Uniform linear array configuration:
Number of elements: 64
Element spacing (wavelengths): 0.5
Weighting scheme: uniform
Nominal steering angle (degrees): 15
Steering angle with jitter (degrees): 15.462
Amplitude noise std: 0.05
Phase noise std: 0.05

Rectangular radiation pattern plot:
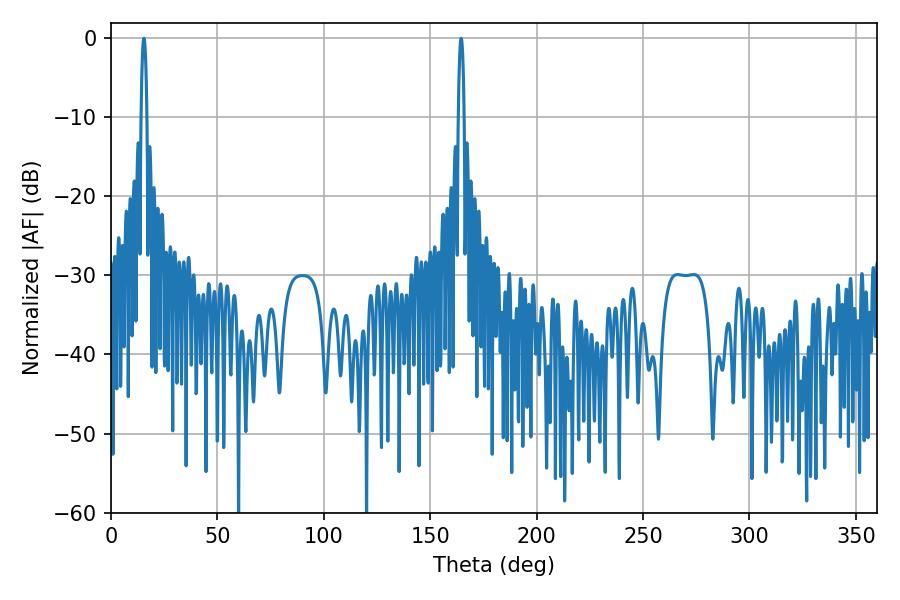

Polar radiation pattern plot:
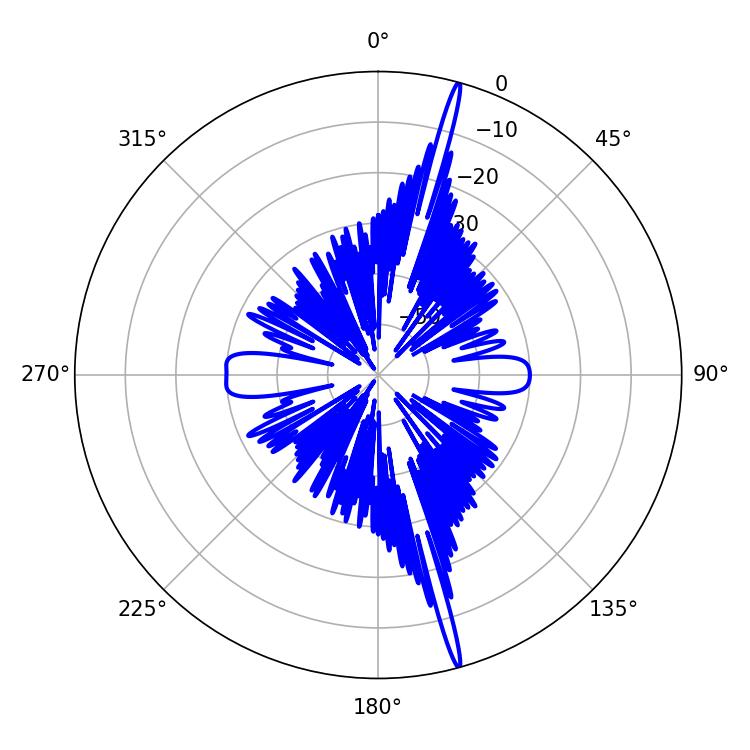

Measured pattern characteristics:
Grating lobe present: FALSE
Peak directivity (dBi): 20.66
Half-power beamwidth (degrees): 1.44
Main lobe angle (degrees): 164.52